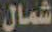
شمال